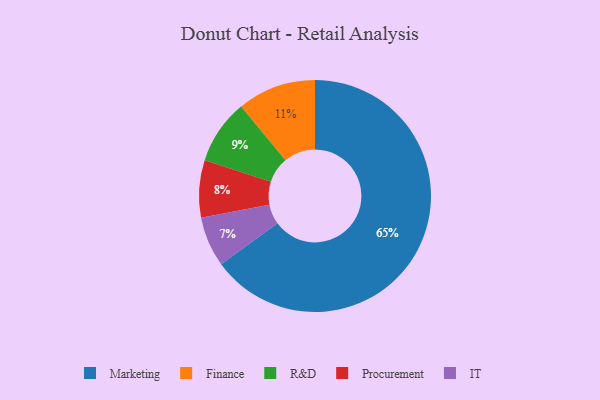
{"axis": {"x": "Category", "y": "Percentage"}, "legend": ["Finance", "IT", "Marketing", "Procurement", "R&D"], "data": [{"x": "IT", "y": 7, "type": "IT"}, {"x": "Procurement", "y": 8, "type": "Procurement"}, {"x": "Marketing", "y": 65, "type": "Marketing"}, {"x": "Finance", "y": 11, "type": "Finance"}, {"x": "R&D", "y": 9, "type": "R&D"}]}